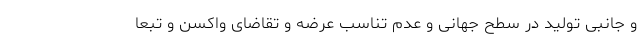
و جانبی تولید در سطح جهانی و عدم تناسب عرضه و تقاضای واکسن و تبعا